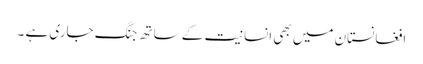
افغانستان میں بھی انسانیت کے ساتھ جنگ جاری ہے ۔